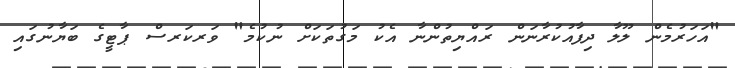
"އަހަރުމެން ލޫލާ ދިފާއުކުރާނަން ރައްޔިތުންނާ އެކު މަގުތަކަށް ނުކުމެ" ވަރކަރސް ޕާޓީގެ ބަޔާނުގައި